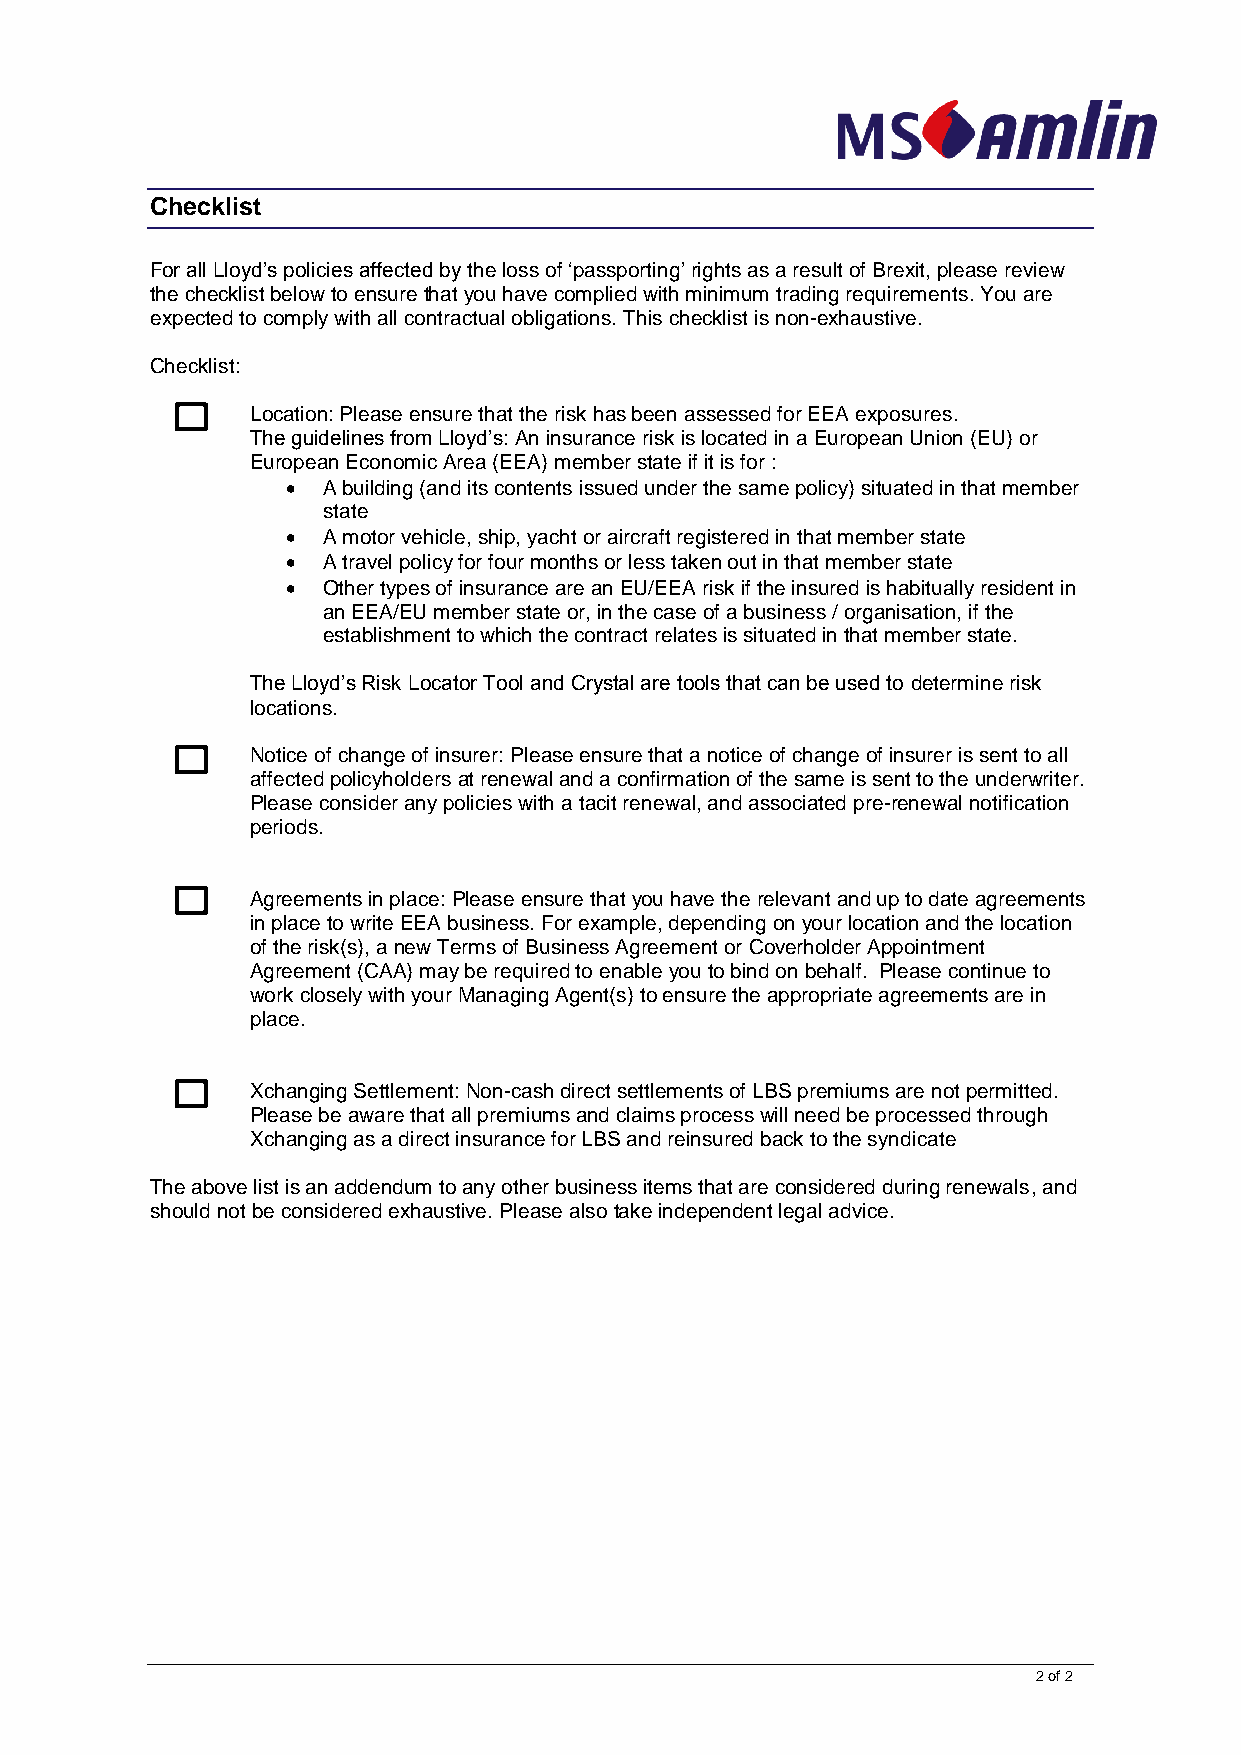
Checklist
 For all Lloyd’s policies affected by the loss of ‘passporting’ rights as a result of Brexit, please review
 the checklist below to ensure that you have complied with minimum trading requirements. You are
 expected to comply with all contractual obligations. This checklist is non-exhaustive.
 Checklist:
 Location: Please ensure that the risk has been assessed for EEA exposures.
 The guidelines from Lloyd’s: An insurance risk is located in a European Union (EU) or
 European Economic Area (EEA) member state if it is for :
  A building (and its contents issued under the same policy) situated in that member
 state
  A motor vehicle, ship, yacht or aircraft registered in that member state
  A travel policy for four months or less taken out in that member state
  Other types of insurance are an EU/EEA risk if the insured is habitually resident in
 an EEA/EU member state or, in the case of a business / organisation, if the
 establishment to which the contract relates is situated in that member state.
 The Lloyd’s Risk Locator Tool and Crystal are tools that can be used to determine risk
 locations.
 Notice of change of insurer: Please ensure that a notice of change of insurer is sent to all
 affected policyholders at renewal and a confirmation of the same is sent to the underwriter.
 Please consider any policies with a tacit renewal, and associated pre-renewal notification
 periods.
 Agreements in place: Please ensure that you have the relevant and up to date agreements
 in place to write EEA business. For example, depending on your location and the location
 of the risk(s), a new Terms of Business Agreement or Coverholder Appointment
 Agreement (CAA) may be required to enable you to bind on behalf. Please continue to
 work closely with your Managing Agent(s) to ensure the appropriate agreements are in
 place.
 Xchanging Settlement: Non-cash direct settlements of LBS premiums are not permitted.
 Please be aware that all premiums and claims process will need be processed through
 Xchanging as a direct insurance for LBS and reinsured back to the syndicate
 The above list is an addendum to any other business items that are considered during renewals, and
 should not be considered exhaustive. Please also take independent legal advice.
 2 of 2